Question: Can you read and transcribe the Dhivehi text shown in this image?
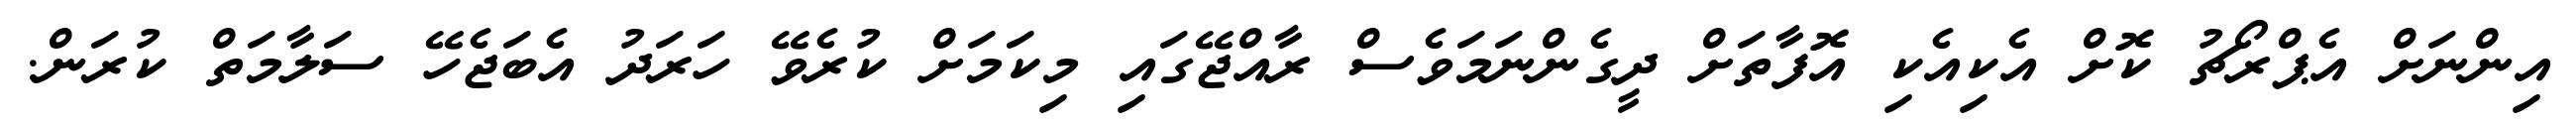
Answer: އިންނަށް އެޕްރޯޗު ކޮށް އެކިއެކި އޮފާތަށް ދީގެންނަމަވެސް ރާއްޖޭގައި މިކަމަށް ކުރެވޭ ހަރަދު އެބަޖެހޭ ސަލާމަތް ކުރަން.